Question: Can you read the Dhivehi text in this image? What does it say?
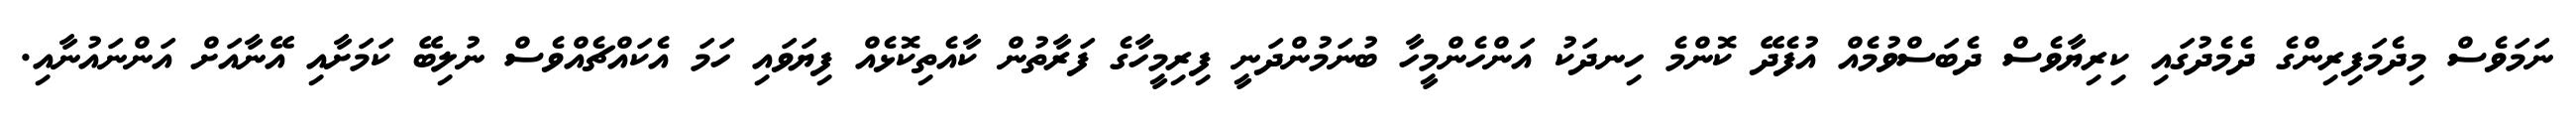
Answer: ނަމަވެސް މިދެމަފިރިންގެ ދެމެދުގައި ކިރިޔާވެސް ދެބަސްވުމެއް އުފެދޭ ކޮންމެ ހިނދަކު އަންހެންމީހާ ބުނަމުންދަނީ ފިރިމީހާގެ ފަރާތުން ކާއެތިކޮޅެއް ފިޔަވައި ހަމަ އެކައްޗެއްވެސް ނުލިބޭ ކަމަށާއި އޭނާއަށް އަންނައުނާއި.